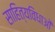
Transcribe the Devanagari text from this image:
साहित्यविधाओं